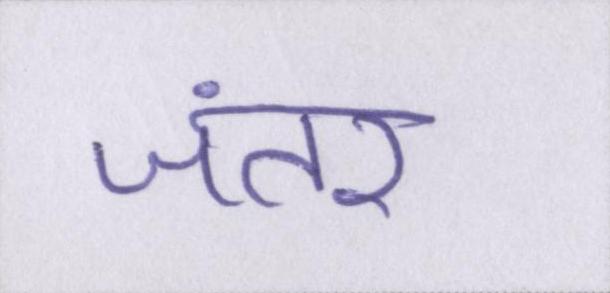
जंतर